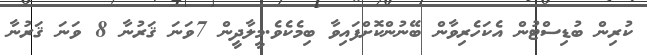
ކުރިން ބުޑިސްޓުން އެކަހެރިވާން ބޭނުންކޮށްފައިވާ ބިމެކެވެ.މީލާދީން 7ވަނަ ޤަރުނާ 8 ވަނަ ޤަރުނާ